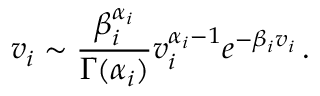
v _ { i } \sim \frac { \beta _ { i } ^ { \alpha _ { i } } } { \Gamma ( \alpha _ { i } ) } v _ { i } ^ { \alpha _ { i } - 1 } e ^ { - \beta _ { i } v _ { i } } \, .